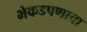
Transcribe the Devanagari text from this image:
भेकडपणाचा